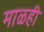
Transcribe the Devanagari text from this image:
माळही